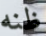
ظنه